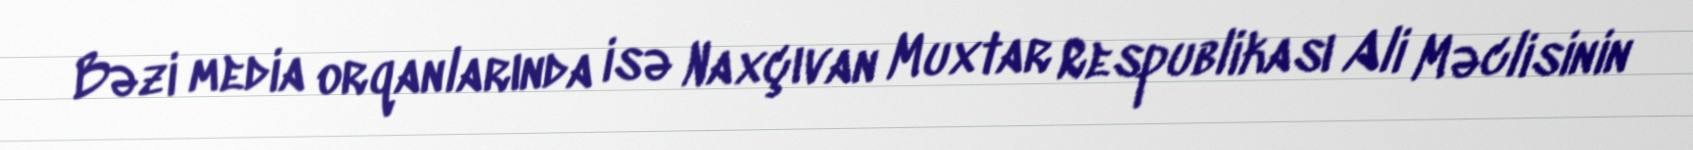
Bəzi media orqanlarında isə Naxçıvan Muxtar Respublikası Ali Məclisinin